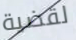
لقضية